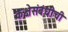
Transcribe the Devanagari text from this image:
कक्षेसंबंधीची